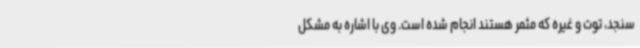
سنجد، توت و غیره که مثمر هستند انجام شده است. وی با اشاره به مشکل